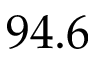
9 4 . 6